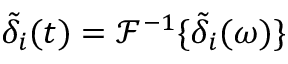
\tilde { \delta } _ { i } ( t ) = \mathscr { F } ^ { - 1 } \{ \tilde { \delta } _ { i } ( \omega ) \}